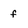
Character: f